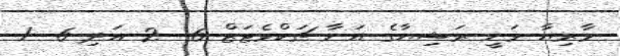
މާރިޔާ ވަނީ ރަޝިޔާގެ އަނާ ޗަކްވެޓަޒް 6- 2 އަދި 6- 1